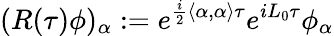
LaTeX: (R(\tau)\phi)_{\alpha}:=e^{\frac{i}{2}\left\langle\alpha,\alpha\right\rangle\tau}e^{iL_{0}\tau}\phi_{\alpha}